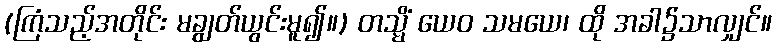
(ကြံသည့်အတိုင်း မချွတ်ယွင်းမူ၍။) တသ္မိံ ယေဝ သမယေ၊ ထို အခါ၌သာလျှင်။